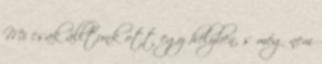
Mi csak álltunk ott egy helyben, s még nem